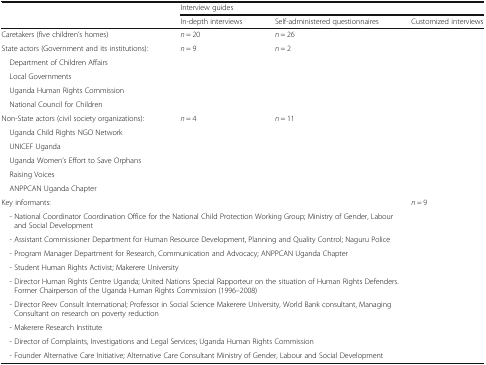
<table><thead><tr><td rowspan="2"></td><td colspan="3"><b>Interview guides</b></td></tr><tr><td><b>In-depth interviews</b></td><td><b>Self-administered questionnaires</b></td><td><b>Customized interviews</b></td></tr></thead><tbody><tr><td>Caretakers (five children’s homes)</td><td><i>n</i> = 20</td><td><i>n</i> = 26</td><td></td></tr><tr><td>State actors (Government and its institutions):</td><td><i>n</i> = 9</td><td><i>n</i> = 2</td><td></td></tr><tr><td colspan="4"> Department of Children Affairs</td></tr><tr><td colspan="4"> Local Governments</td></tr><tr><td colspan="4"> Uganda Human Rights Commission</td></tr><tr><td colspan="4"> National Council for Children</td></tr><tr><td>Non-State actors (civil society organizations):</td><td><i>n</i> = 4</td><td><i>n</i> = 11</td><td></td></tr><tr><td colspan="4"> Uganda Child Rights NGO Network</td></tr><tr><td colspan="4"> UNICEF Uganda</td></tr><tr><td colspan="4"> Uganda Women’s Effort to Save Orphans</td></tr><tr><td colspan="4"> Raising Voices</td></tr><tr><td colspan="4"> ANPPCAN Uganda Chapter</td></tr><tr><td>Key informants:</td><td></td><td></td><td><i>n</i> = 9</td></tr><tr><td colspan="4"> - National Coordinator Coordination Office for the National Child Protection Working Group; Ministry of Gender, Labour and Social Development</td></tr><tr><td colspan="4"> - Assistant Commissioner Department for Human Resource Development, Planning and Quality Control; Naguru Police</td></tr><tr><td colspan="4"> - Program Manager Department for Research, Communication and Advocacy; ANPPCAN Uganda Chapter</td></tr><tr><td colspan="4"> - Student Human Rights Activist; Makerere University</td></tr><tr><td colspan="4"> - Director Human Rights Centre Uganda; United Nations Special Rapporteur on the situation of Human Rights Defenders. Former Chairperson of the Uganda Human Rights Commission (1996–2008)</td></tr><tr><td colspan="4"> - Director Reev Consult International; Professor in Social Science Makerere University, World Bank consultant, Managing Consultant on research on poverty reduction</td></tr><tr><td colspan="4"> - Makerere Research Institute</td></tr><tr><td colspan="4"> - Director of Complaints, Investigations and Legal Services; Uganda Human Rights Commission</td></tr><tr><td colspan="4"> - Founder Alternative Care Initiative; Alternative Care Consultant Ministry of Gender, Labour and Social Development</td></tr></tbody></table>